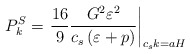
\begin{align*}P_k^{S} = \left. \frac{16}{9} \frac{G^2 \varepsilon^2}{c_s \left( \varepsilon + p\right)} \right|_{c_s k = a H}\end{align*}